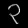
Digit: ၃